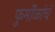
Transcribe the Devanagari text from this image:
फुर्मोळांचं